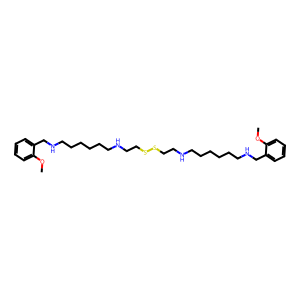
SMILES: COc1ccccc1CNCCCCCCNCCSSCCNCCCCCCNCc1ccccc1OC
Inhibits HIV replication: No